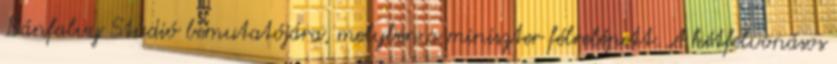
Bánfalvy Stúdió bemutatójára, melyben a miniszter félrelépett. A kétfelvonásos